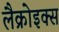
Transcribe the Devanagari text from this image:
लैक्रोइक्स